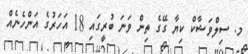
މ. ސިލްވަޝާކް ކިޔާ ގޭގެ ތިން ވަނަ ބުރީގައި 18 އަހަރުގެ އަންހެނެއް